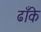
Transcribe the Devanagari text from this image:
ढाँके